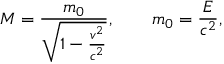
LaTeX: M = { \frac { m _ { 0 } } { \sqrt { 1 - { \frac { v ^ { 2 } } { c ^ { 2 } } } } } } , \qquad m _ { 0 } = { \frac { E } { c ^ { 2 } } } ,